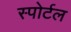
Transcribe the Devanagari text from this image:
स्पोर्टल